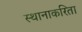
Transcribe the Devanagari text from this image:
स्थानाकरिता